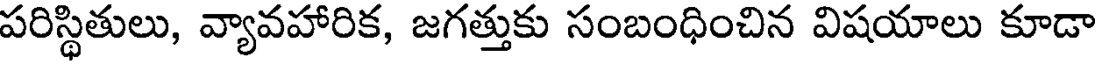
పరిస్థితులు, వ్యావహారిక, జగత్తుకు సంబంధించిన విషయాలు కూడా